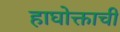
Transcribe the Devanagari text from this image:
हाघोक्ताची